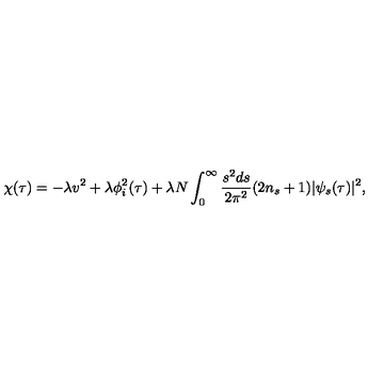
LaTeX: \chi ( \tau ) = - \lambda v ^ { 2 } + \lambda \phi _ { i } ^ { 2 } ( \tau ) + \lambda N \int _ { 0 } ^ { \infty } \frac { s ^ { 2 } d s } { 2 \pi ^ { 2 } } ( 2 n _ { s } + 1 ) | \psi _ { s } ( \tau ) | ^ { 2 } ,